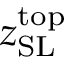
z _ { \mathrm { S L } } ^ { \mathrm { t o p } }